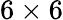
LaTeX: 6\times 6